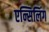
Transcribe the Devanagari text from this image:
एन्सिलिंग